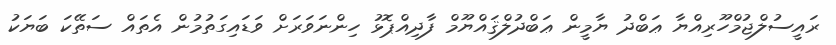
ރައީސުލްޖުމްހޫރިއްޔާ ޢަބްދު ޔާމީން ޢަބްދުލްޤައްޔޫމް ފާދިއްޕޮޅު ހިންނަވަރަށް ވަޑައިގަތުމުން އެތައް ސަތޭކަ ބަޔަކު